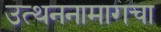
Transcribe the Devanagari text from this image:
उत्थननामागचा